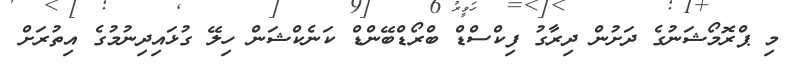
މި ޕްރޮމޯޝަނުގެ ދަށުން ދިރާގު ފިކްސްޑް ބްރޯޑްބޭންޑް ކަނެކްޝަން ހިލޭ ގުޅައިދިނުމުގެ އިތުރަށް